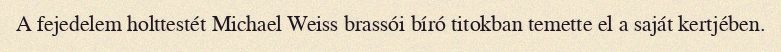
A fejedelem holttestét Michael Weiss brassói bíró titokban temette el a saját kertjében.